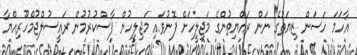
އާހަމަ ހަސަން ޒިޔަތުގެ ނަން ރައްޔިތުންގެ މަޖިލީހަށް ފޮނުވައި މަޖިލީހުން ފާސްކުރުމުން ރައީސުލްޖުމްހޫރިއްޔާ